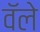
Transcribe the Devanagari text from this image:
वॅले